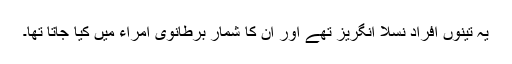
یہ تینوں افراد نسلاً انگریز تھے اور ان کا شمار برطانوی امراء میں کیا جاتا تھا۔